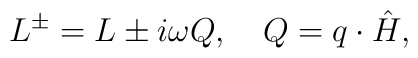
L^{\pm}=L\pm i\omega Q, \quad Q=q\cdot\hat{H},